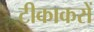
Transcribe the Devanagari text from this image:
टीकाकरों